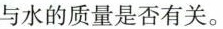
与水的质量是否有关。